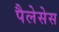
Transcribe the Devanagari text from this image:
पैलेसेस